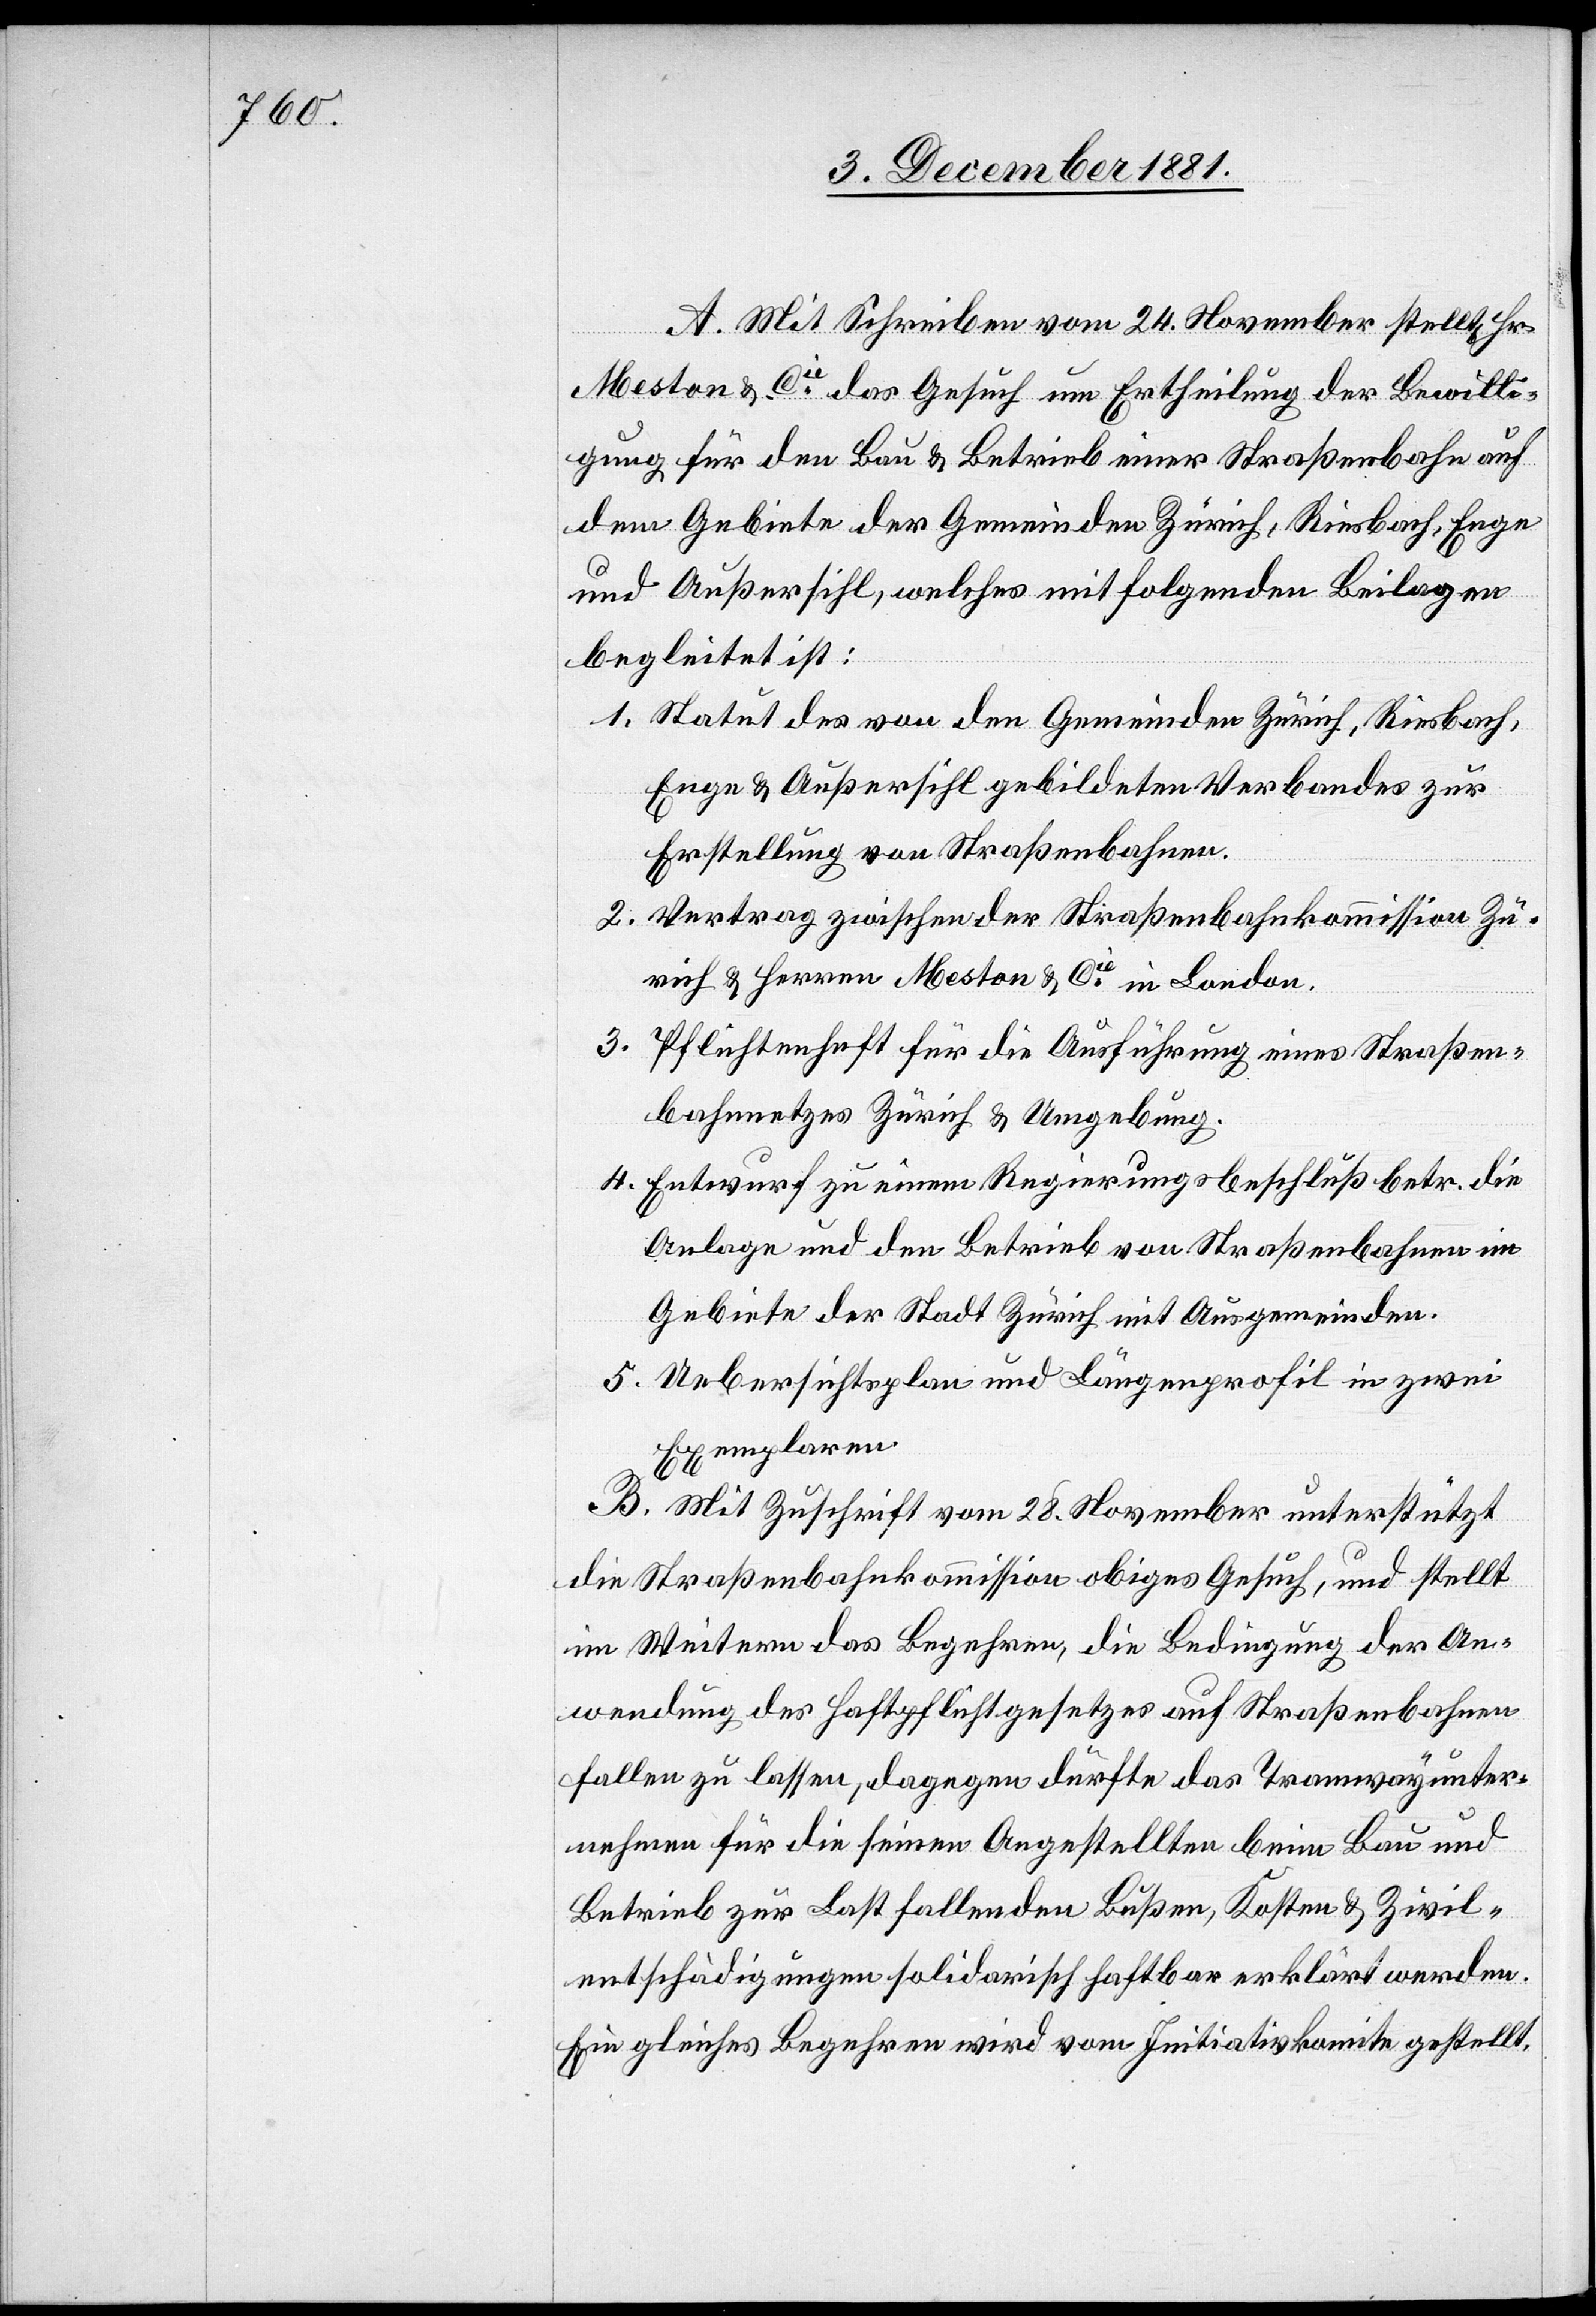
A. Mit Schreiben vom 24. November stellt Hr.
Meston & Cie das Gesuch um Ertheilung der Bewilli¬
gung für den Bau & Betrieb einer Straßenbahn auf
dem Gebiete der Gemeinde Zürich, Riesbach, Enge
und Außersihl, welches mit folgenden Beilagen
begleitet ist:
1. Statut des von den Gemeinden Zürich, Riesbach,
Enge & Außersihl gebildeten Verbandes zur
Erstellung von Straßenbahnen.
2. Vertrag zwischen der Straßenbahnkommission Zü¬
rich & Herren Meston & Cie in London.
3. Pflichtenheft für die Ausführung eines Straßen¬
bahnnetzes Zürich & Umgebung.
4. Entwurf zu einem Regierungsbeschluß betr. die
Anlage und den Betrieb von Straßenbahnen im
Gebiete der Stadt Zürich mit Ausgemeinden.
5. Uebersichtsplan und Längenprofil in zwei
Exemplaren.
B. Mit Zuschrift vom 28. November unterstützt
die Straßenbahnkommission obiges Gesuch, und stellt
im Weitern das Begehren, die Bedingung der An¬
wendung, des Haftpflichtgesetzes auf Straßenbahnen
fallen zu lassen, dagegen dürfte das Tramwayunter¬
nehmen für die seinen Angestellten beim Bau und
Betrieb zur Last fallenden Bußen, Kosten & Zivil¬
entschädigungen solidarisch haftbar erklärt werden.
Ein gleiches Begehren wird vom Initiativkomite gestellt.